Indian journal of veterinary science and animal husbandry - Volume 11,
Year: 1941
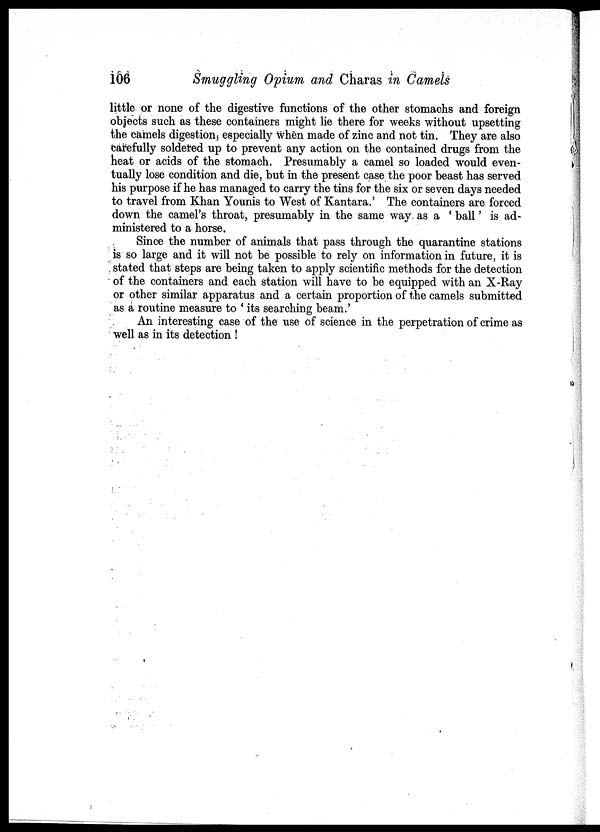
106
Smuggling Opium and Charas in Camels
little or none of the digestive functions of the other stomachs and foreign
objects such as these containers might lie there for weeks without upsetting
the camels digestion, especially when made of zinc and not tin. They are also
carefully soldered up to prevent any action on the contained drugs from the
heat or acids of the stomach. Presumably a camel so loaded would even-
tually lose condition and die, but in the present case the poor beast has served
his purpose if he has managed to carry the tins for the six or seven days needed
to travel from Khan Younis to West of Kantara.' The containers are forced
down the camel's throat, presumably in the same way as a ' ball' is ad-
ministered to a horse.
Since the number of animals that pass through the quarantine stations
is so large and it will not be possible to rely on information in future, it is
stated that steps are being taken to apply scientific methods for the detection
of the containers and each station will have to be equipped with an X-Ray
or other similar apparatus and a certain proportion of the camels submitted
as a routine measure to ' its searching beam.'
An interesting case of the use of science in the perpetration of crime as
well as in its detection !